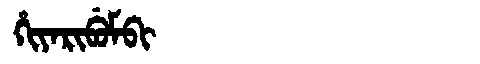
Manchu: ᡥᡳᠶᠠᡵᡳᠪᡠᠮᠪᡳ
Romanization: HIYARIBUMBI